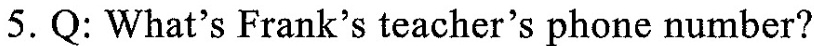
5. Q: What's Frank's teacher's phone number?